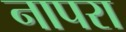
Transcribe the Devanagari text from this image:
नापरा